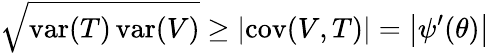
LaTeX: {\sqrt{\operatorname{var}(T)\operatorname{var}(V)}}\geq\left|\operatorname{cov}(V,T)\right|=\left|\psi^{\prime}(\theta)\right|